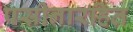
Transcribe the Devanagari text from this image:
पसीनारहित